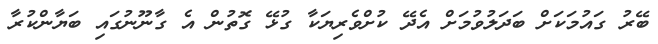
ބޭރު ގައުމަކަށް ބަދަލުވުމަށް އެދޭ ކުށްވެރިޔަކާ ގުޅޭ ގޮތުން އެ ގާނޫނުގައި ބަޔާންކުރާ